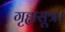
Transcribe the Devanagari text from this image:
गृह्यसूत्र।